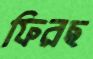
ফিরছ